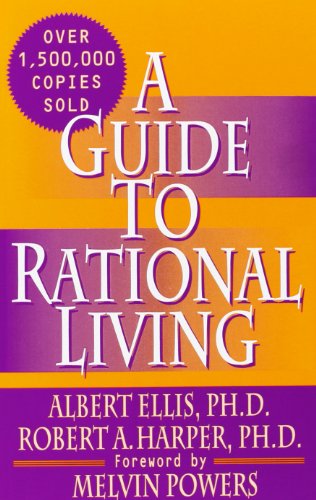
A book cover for A Guide to Rational Living; Albert Ellis; Science & Math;